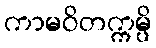
ကာမဝိတက္ကမ္ပိ